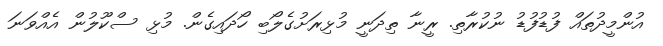
އުންމީދުތައް ފުޑުފުޑު ނުކުރާތި. ރީނާ ތިދަނީ މުޅިރަށުގެލޯބި ހޯދައިގެން. މުޅި ސްކޫލުން އެއްވަނަ